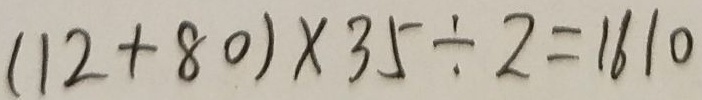
( 1 2 + 8 0 ) \times 3 5 \div 2 = 1 6 1 0